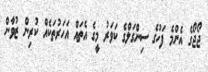
ޖޯޖޯގެ އެންމެ ފަހުގެ ސިންގަލްގެ ކަވަރު މީގެ އެތައް އަހަރުތަކެއް ކުރިން ޒުވާން